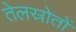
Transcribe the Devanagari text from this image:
तेलस्रोतों